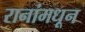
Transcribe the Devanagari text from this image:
रानांमधून